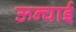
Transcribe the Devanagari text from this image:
ऊन्चाई